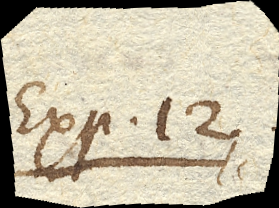
Exp. 12